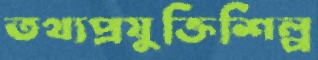
তথ্যপ্রযুক্তিশিল্প